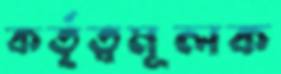
কর্তৃত্বমূলক